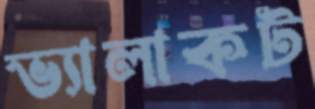
ভ্যালাকট